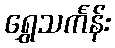
ရွှေသင်္ကန်း